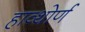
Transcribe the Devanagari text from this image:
हाव्थोर्ण